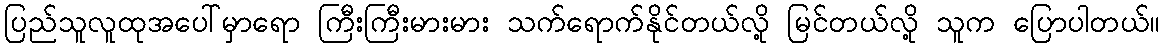
ပြည်သူလူထုအပေါ်မှာရော ကြီးကြီးမားမား သက်ရောက်နိုင်တယ်လို့ မြင်တယ်လို့ သူက ပြောပါတယ်။